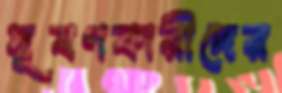
দূষণকারীদের